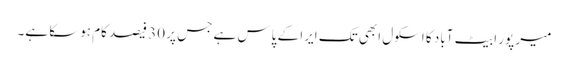
میر پور ابیٹ آباد کا اسکول ابھی تک ایرا کے پاس ہے جس پر 30 فیصد کام ہوسکا ہے۔